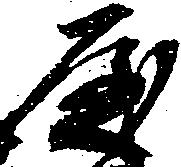
屋